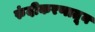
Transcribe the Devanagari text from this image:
रुंदीकरणातून